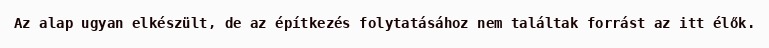
Az alap ugyan elkészült, de az építkezés folytatásához nem találtak forrást az itt élők.